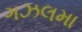
ગઝલમા